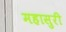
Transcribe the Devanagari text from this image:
महासुरी